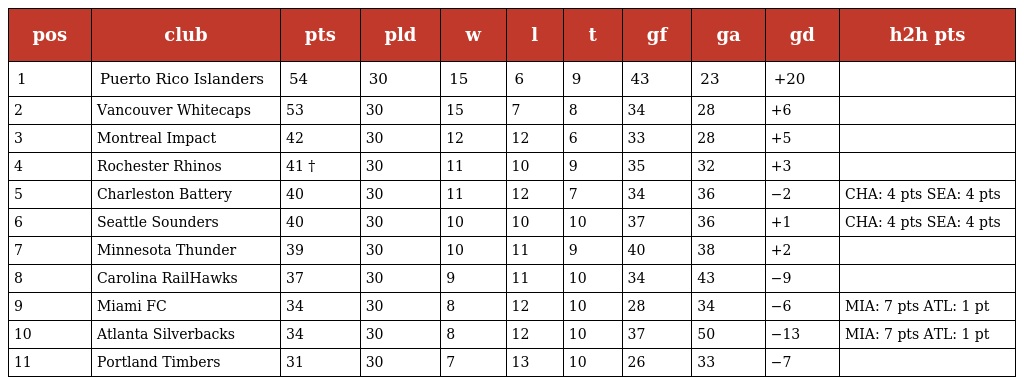
| pos | club | pts | pld | w | l | t | gf | ga | gd | h2h pts |
 | --- | --- | --- | --- | --- | --- | --- | --- | --- | --- | --- |
 | 1 | Puerto Rico Islanders | 54 | 30 | 15 | 6 | 9 | 43 | 23 | +20 |  |
 | 2 | Vancouver Whitecaps | 53 | 30 | 15 | 7 | 8 | 34 | 28 | +6 |  |
 | 3 | Montreal Impact | 42 | 30 | 12 | 12 | 6 | 33 | 28 | +5 |  |
 | 4 | Rochester Rhinos | 41 † | 30 | 11 | 10 | 9 | 35 | 32 | +3 |  |
 | 5 | Charleston Battery | 40 | 30 | 11 | 12 | 7 | 34 | 36 | −2 | CHA: 4 pts SEA: 4 pts |
 | 6 | Seattle Sounders | 40 | 30 | 10 | 10 | 10 | 37 | 36 | +1 | CHA: 4 pts SEA: 4 pts |
 | 7 | Minnesota Thunder | 39 | 30 | 10 | 11 | 9 | 40 | 38 | +2 |  |
 | 8 | Carolina RailHawks | 37 | 30 | 9 | 11 | 10 | 34 | 43 | −9 |  |
 | 9 | Miami FC | 34 | 30 | 8 | 12 | 10 | 28 | 34 | −6 | MIA: 7 pts ATL: 1 pt |
 | 10 | Atlanta Silverbacks | 34 | 30 | 8 | 12 | 10 | 37 | 50 | −13 | MIA: 7 pts ATL: 1 pt |
 | 11 | Portland Timbers | 31 | 30 | 7 | 13 | 10 | 26 | 33 | −7 |  |